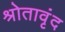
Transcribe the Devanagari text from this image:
श्रोतावृंद